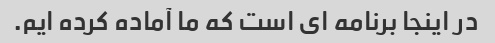
در اینجا برنامه ای است که ما آماده کرده ایم.